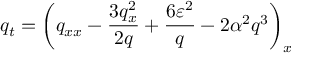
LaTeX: q _ { t } = \left( q _ { x x } - \frac { 3 q _ { x } ^ { 2 } } { 2 q } + \frac { 6 \varepsilon ^ { 2 } } { q } - 2 \alpha ^ { 2 } q ^ { 3 } \right) _ { x }